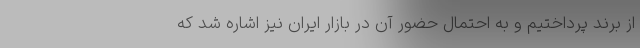
از برند پرداختیم و به احتمال حضور آن در بازار ایران نیز اشاره شد که